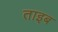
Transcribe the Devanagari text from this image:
ताइब